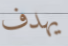
يهدف